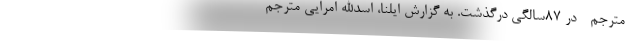
- مترجم - در ۸۷سالگی درگذشت. به گزارش ایلنا، اسدالله امرایی مترجم